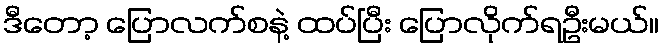
ဒီတော့ ပြောလက်စနဲ့ ထပ်ပြီး ပြောလိုက်ရဦးမယ်။